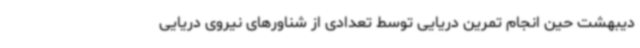
دیبهشت حین انجام تمرین دریایی توسط تعدادی از شناورهای نیروی دریایی